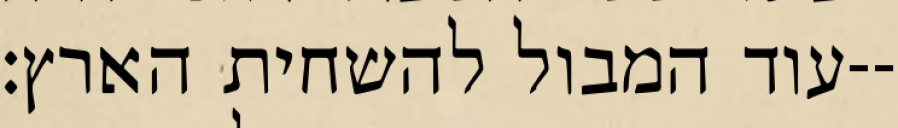
עוד המבול להשחית הארץ׃--